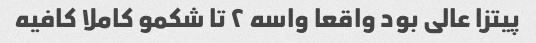
پیتزا عالی بود واقعا واسه ٢ تا شکمو کاملا کافیه